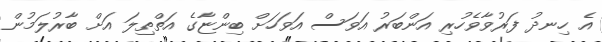
އެ ހިނދު ފަރުވާވެހުރި އަންބަރު އަވަސް އަވަހަށް ބިންޏާގެ އަތްތިލަ އަށް ބާރުލަމުން